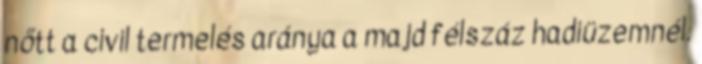
nőtt a civil termelés aránya a majd félszáz hadiüzemnél.